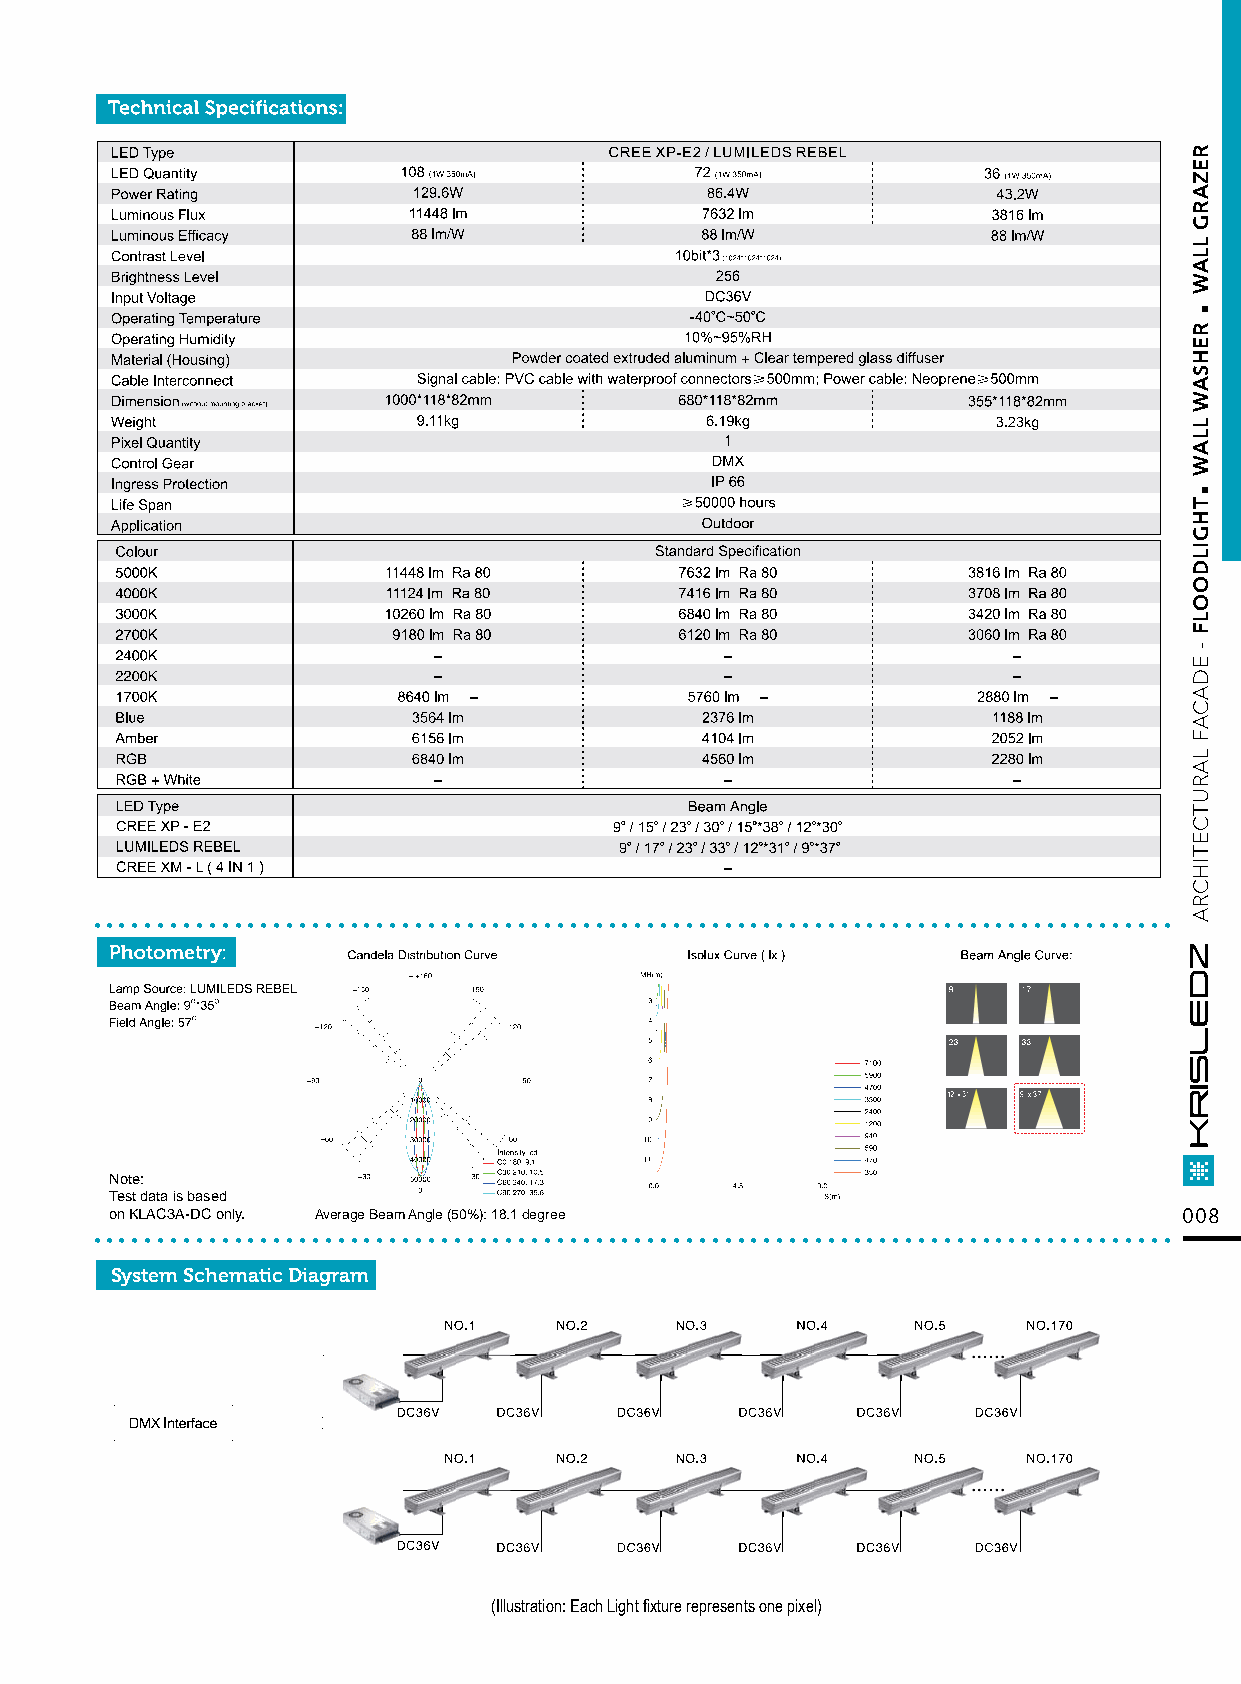
....................................................................................
 Note:
 Test data is based
 ..o.n K.L.A.C3.A.-D.C. o.nl.y. . .....A.ve.ra.ge. B.ea.m. A.ng.le. (5.0.%.): .18..1. d.eg.re.e............................................... 008
 System Schematic Diagram
 (Illustration: Each Light fixture represents one pixel)
 .
 .
 REZARG
 LLAW
 REHSAW
 LLAW
 THGILDOOLF
 -
 EDACAF
 LARUTCETIHCRA